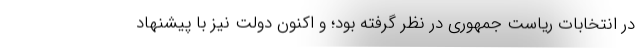
در انتخابات ریاست جمهوری در نظر گرفته بود؛ و اکنون دولت نیز با پیشنهاد